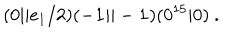
LaTeX: ( 0 \vert \vert e _ { 1 } / 2 ) ( - { \bf 1 } \vert \vert - { \bf 1 } ) ( 0 ^ { 1 5 } \vert 0 ) ~ .